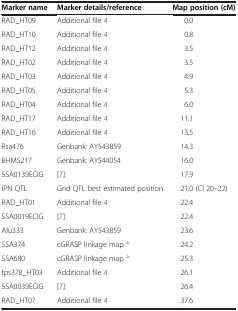
<table><thead><tr><td><b>Marker name</b></td><td><b>Marker details/reference</b></td><td><b>Map position (cM)</b></td></tr></thead><tbody><tr><td>RAD_HT09</td><td>Additional file 4</td><td>0.0</td></tr><tr><td>RAD_HT10</td><td>Additional file 4</td><td>0.8</td></tr><tr><td>RAD_HT12</td><td>Additional file 4</td><td>3.5</td></tr><tr><td>RAD_HT02</td><td>Additional file 4</td><td>3.5</td></tr><tr><td>RAD_HT03</td><td>Additional file 4</td><td>4.9</td></tr><tr><td>RAD_HT05</td><td>Additional file 4</td><td>5.3</td></tr><tr><td>RAD_HT04</td><td>Additional file 4</td><td>6.0</td></tr><tr><td>RAD_HT17</td><td>Additional file 4</td><td>11.1</td></tr><tr><td>RAD_HT16</td><td>Additional file 4</td><td>13.5</td></tr><tr><td>Rsa476</td><td>Genbank: AY543859</td><td>14.3</td></tr><tr><td>BHMS217</td><td>Genbank: AY544054</td><td>16.0</td></tr><tr><td>SSA0139ECIG</td><td>[7]</td><td>17.9</td></tr><tr><td>IPN QTL</td><td>Grid QTL best estimated position</td><td>21.0 (CI 20–22)</td></tr><tr><td>RAD_HT01</td><td>Additional file 4</td><td>22.4</td></tr><tr><td>SSA0019ECIG</td><td>[7]</td><td>22.4</td></tr><tr><td>Alu333</td><td>Genbank: AY543859</td><td>23.6</td></tr><tr><td>SSA374</td><td>cGRASP linkage map <sup>a</sup></td><td>24.2</td></tr><tr><td>SSA680</td><td>cGRASP linkage map <sup>a</sup></td><td>25.3</td></tr><tr><td>fps378_HT03</td><td>Additional file 4</td><td>26.1</td></tr><tr><td>SSA0039ECIG</td><td>[7]</td><td>26.4</td></tr><tr><td>RAD_HT07</td><td>Additional file 4</td><td>37.6</td></tr></tbody></table>